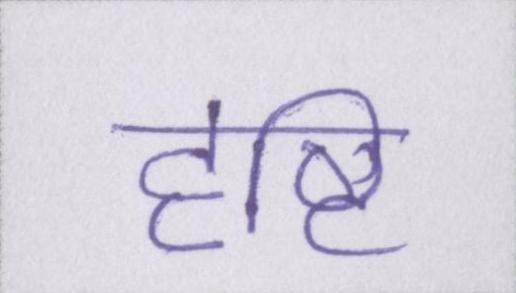
दृष्टि